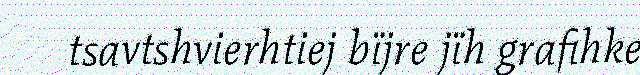
tsavtshvierhtiej bïjre jïh grafihke